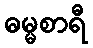
ဓမ္မစာရီ